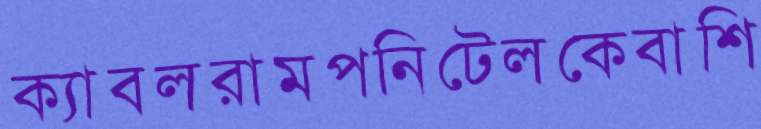
ক্যাবলরামপনিটেলকেবাশি